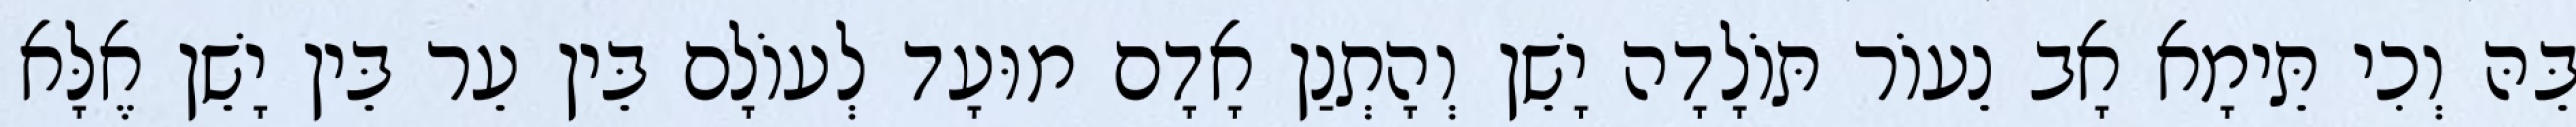
בֵּהּ וְכִי תֵּימָא אָב נֵעוֹר תּוֹלָדָה יָשֵׁן וְהָתְנַן אָדָם מוּעָד לְעוֹלָם בֵּין עֵר בֵּין יָשֵׁן אֶלָּא